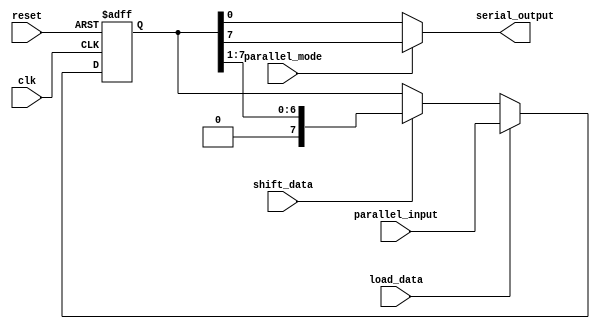
module piso_shift_register(
    input wire clk,          // Clock input
    input wire reset,        // Reset input
    input wire parallel_mode,// Select between parallel and serial mode
    input wire shift_data,   // Control signal for shifting data
    input wire load_data,    // Control signal for loading new parallel inputs
    input wire [7:0] parallel_input, // Parallel data inputs
    output reg serial_output // Serial data output
);

reg [7:0] reg_data; // Data stored in the flip-flops

always @(posedge clk or posedge reset) begin
    if (reset) begin
        reg_data <= 8'b0;
    end else if (load_data) begin
        reg_data <= parallel_input;
    end else if (shift_data) begin
        reg_data <= {1'b0, reg_data[7:1]}; // Shift data to the right
    end
end

always @(*) begin
    if (parallel_mode) begin
        serial_output = reg_data[7]; // Output data from the last flip-flop
    end else begin
        serial_output = reg_data[0]; // Output data from the first flip-flop
    end
end

endmodule